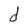
Character: d